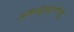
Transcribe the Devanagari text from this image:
उमगुंडलोव्हु